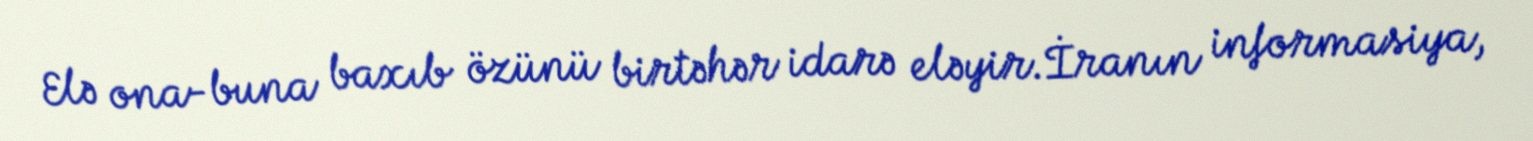
Elə ona-buna baxıb özünü birtəhər idarə eləyir.İranın informasiya,